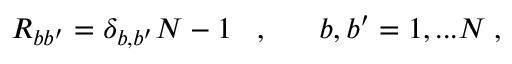
R _ { b b ^ { \prime } } = \delta _ { b , b ^ { \prime } } N - 1 \; \; \; , \; \; \; \; \; \; b , b ^ { \prime } = 1 , . . . N \; ,